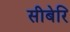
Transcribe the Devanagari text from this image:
सीबेरि